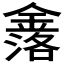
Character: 𮢤